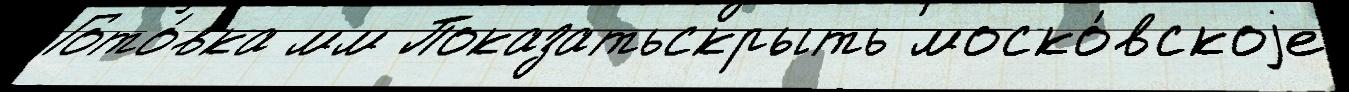
Гото́вка мм Показатьскрыть моско́вскоjе